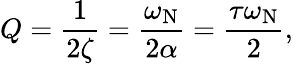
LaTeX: Q={\frac{1}{2\zeta}}={\frac{\omega_{\mathrm{N}}}{2\alpha}}={\frac{\tau\omega_{\mathrm{N}}}{2}},